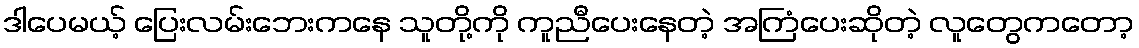
ဒါပေမယ့် ပြေးလမ်းဘေးကနေ သူတို့ကို ကူညီပေးနေတဲ့ အကြံပေးဆိုတဲ့ လူတွေကတော့